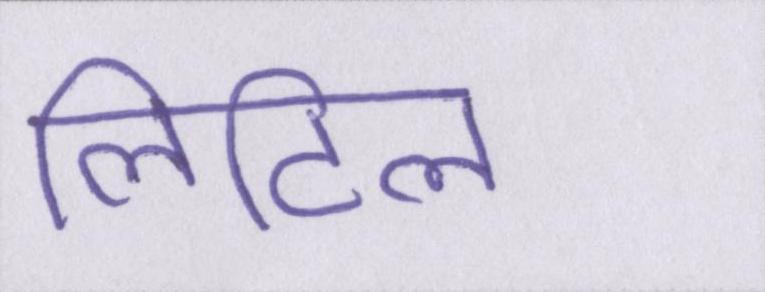
लिटिल